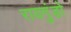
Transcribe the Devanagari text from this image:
रायगुंडो